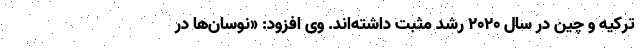
ترکیه و چین در سال ۲۰۲۰ رشد مثبت داشته‌اند. وی افزود: «نوسان‌ها در